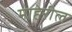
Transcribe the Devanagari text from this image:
माहेरील